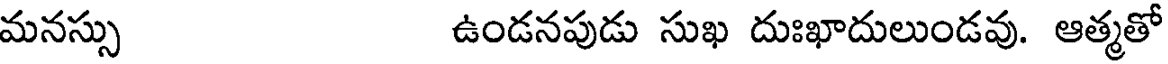
మనస్సు ఉండనపుడు సుఖ దుఃఖాదులుండవు. ఆత్మతో